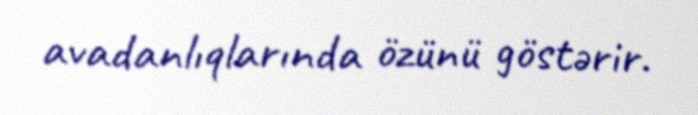
avadanlıqlarında özünü göstərir.